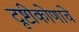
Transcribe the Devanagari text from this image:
दृष्टीकोणाचे